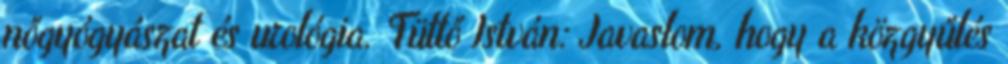
nőgyógyászat és urológia. Tüttő István: Javaslom, hogy a közgyűlés